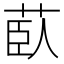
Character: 𦱽